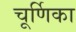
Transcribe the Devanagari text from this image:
चूर्णिका